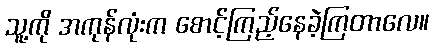
သူ့ကို အကုန်လုံးက စောင့်ကြည့်နေခဲ့ကြတာလေ။